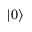
| 0 \rangle